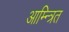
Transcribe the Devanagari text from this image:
आम्न्त्रित